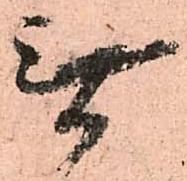
無